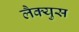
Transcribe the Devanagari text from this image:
लैक्युस